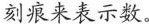
刻痕来表示数。